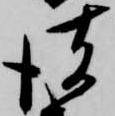
彼